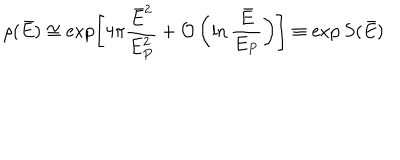
\rho ( \bar { E } ) \cong \exp \left[ 4 \pi { \frac { \bar { E } ^ { 2 } } { E _ { P } ^ { 2 } } } + { \cal O } \left( \ln { \frac { \bar { E } } { E _ { P } } } \right) \right] \equiv \exp S ( \bar { E } )